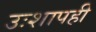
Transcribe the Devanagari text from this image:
उःशापही